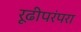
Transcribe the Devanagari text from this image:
रूढीपरंपरा